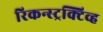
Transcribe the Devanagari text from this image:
रिकन्स्ट्रक्टिव्ह